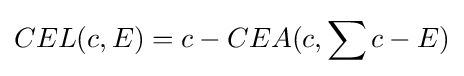
CEL(c,E)=c-CEA(c,\sum c-E)